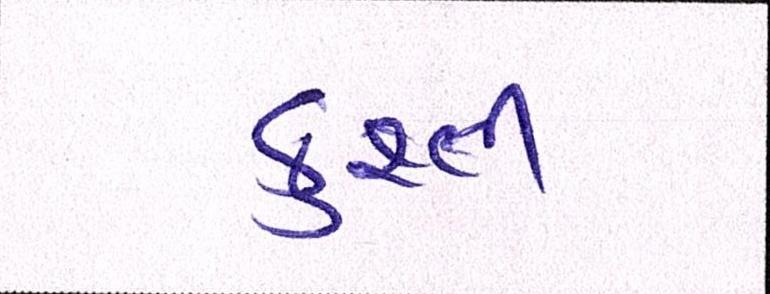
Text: કુશ્તી